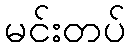
မင်းတပ်